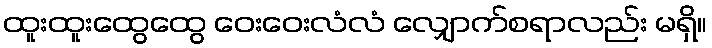
ထူးထူးထွေထွေ ဝေးဝေးလံလံ လျှောက်စရာလည်း မရှိ။